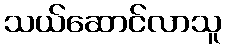
သယ်ဆောင်လာသူ